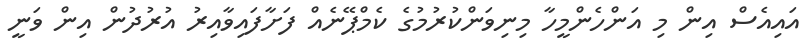
އައިއެސް އިން މި އަންހެންމީހާ މިނިވަންކުރުމުގެ ކެމްޕޭނެއް ފަށާފައިވާއިރު އުރުދުން އިން ވަނީ